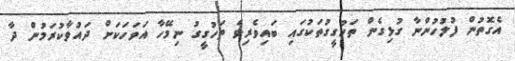
އެގޮތުން ފުލުހުންނާ ގުޅިގެން ތަހުގީގުތަކުގައި ބައިވެރިވެ ތަހުގީގު ނިމޭހާ އަވަހަކަށް ދައުވާކުރަމުން ދާ